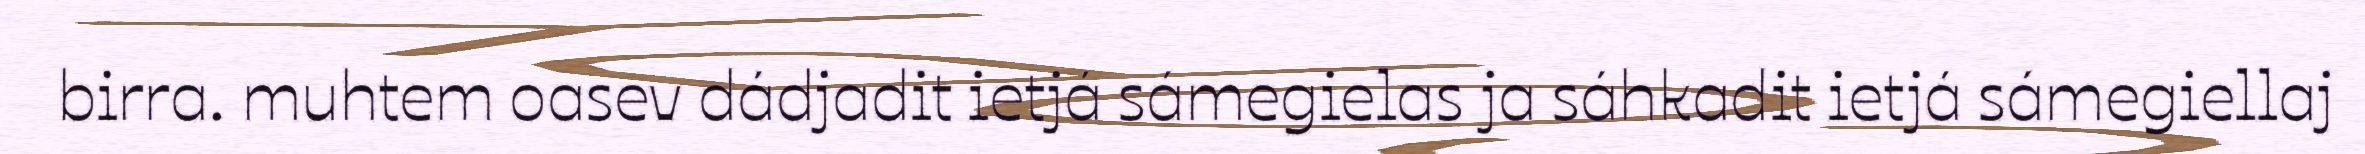
birra. muhtem oasev dádjadit ietjá sámegielas ja sáhkadit ietjá sámegiellaj